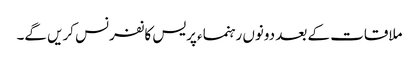
ملاقات کے بعد دونوں رہنماء پریس کانفرنس کریں گے۔